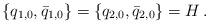
LaTeX: \begin{align*}\{ q_{1,0}, \bar{q}_{1,0} \}=\{ q_{2,0}, \bar{q}_{2,0} \}=H\,.\end{align*}